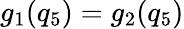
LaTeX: g_{1}(q_{5})=g_{2}(q_{5})